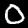
Digit: 0